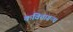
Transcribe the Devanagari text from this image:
कविताग्रन्थ